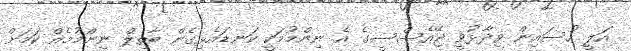
އަލީ ހުސައިން ވިދާޅުވީ ޖޭއެސްސީގެ އެ ނިންމުމަކީ ކަނޑައެޅިގެން ބާތިލް ނިންމުމެއް ކަމަށް